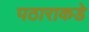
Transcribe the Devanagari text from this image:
पठाराकडे